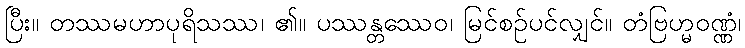
ပြီး။ တဿမဟာပုရိသဿ၊ ၏။ ပဿန္တဿေဝ၊ မြင်စဉ်ပင်လျှင်။ တံဗြဟ္မဝဏ္ဏံ၊